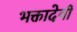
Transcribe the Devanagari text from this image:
भक्तादेवी